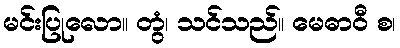
မင်းပြုလော။ တွံ၊ သင်သည်။ မေဓာဝီ စ၊